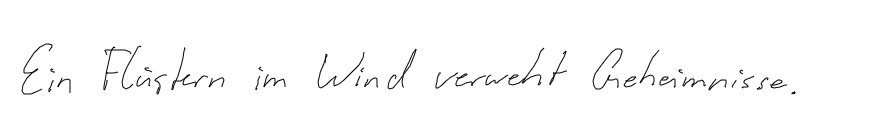
Ein Flüstern im Wind verweht Geheimnisse.